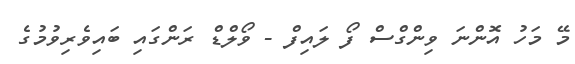
މޭ މަހު އޮންނަ ވިންގްސް ފޯ ލައިފް - ވޯލްޑް ރަންގައި ބައިވެރިވުމުގެ